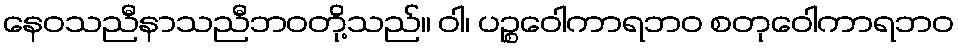
နေဝသညီနာသညီဘဝတို့သည်။ ဝါ၊ ပဉ္စဝေါကာရဘဝ စတုဝေါကာရဘဝ